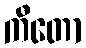
ကီတော